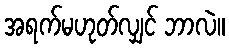
အရက်မဟုတ်လျှင် ဘာလဲ။